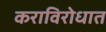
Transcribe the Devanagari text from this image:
कराविरोधात